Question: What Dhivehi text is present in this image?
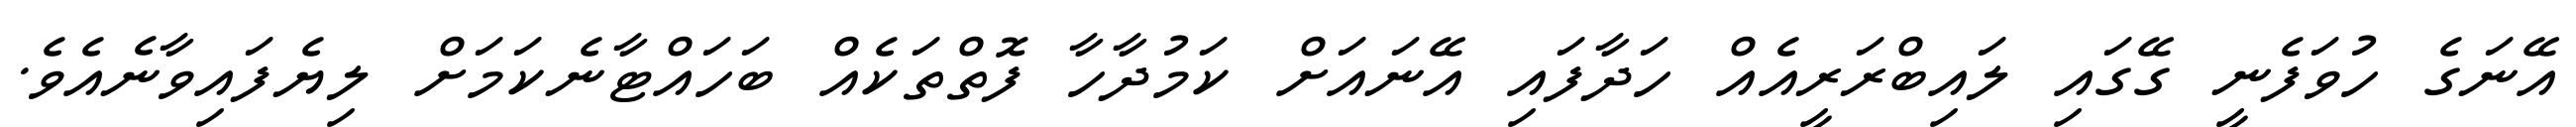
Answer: އޭނަގެ ހުވަފެނީ ގޭގައި ލައިބްރަރީއެއް ހަދާފައި އޭނައަށް ކަމުދާހާ ފޮތްތަކެއް ބަހައްޓާނެކަމަށް ލިޔެފައިވާނެއެވެ.